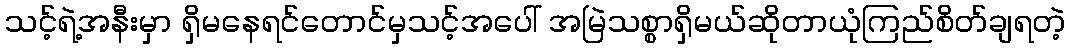
သင့်ရဲ့အနီးမှာ ရှိမနေရင်တောင်မှသင့်အပေါ် အမြဲသစ္စာရှိမယ်ဆိုတာယုံကြည်စိတ်ချရတဲ့